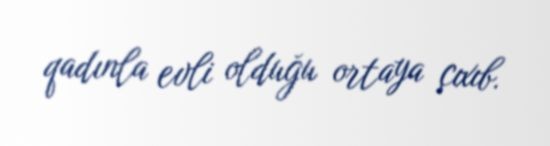
qadınla evli olduğu ortaya çıxıb.